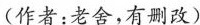
(作者：老舍，有删改〕